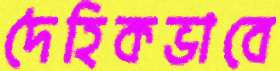
দৈহিকভাবে